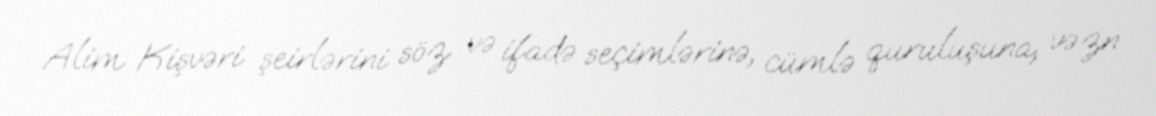
Alim Kişvəri şeirlərini söz və ifadə seçimlərinə, cümlə quruluşuna, vəzn